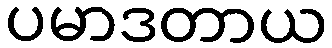
ပမာဒတာယ